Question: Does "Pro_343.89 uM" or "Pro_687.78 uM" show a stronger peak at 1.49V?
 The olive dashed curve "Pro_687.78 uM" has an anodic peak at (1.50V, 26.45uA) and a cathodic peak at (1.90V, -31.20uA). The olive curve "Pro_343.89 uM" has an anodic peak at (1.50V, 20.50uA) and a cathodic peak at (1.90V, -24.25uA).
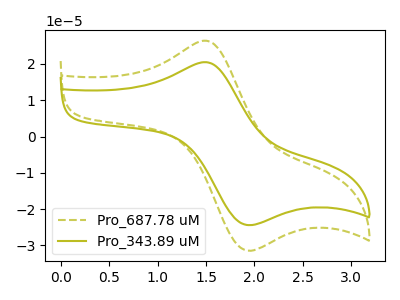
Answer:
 <answer>The peak at 1.49V is lower in "Pro_343.89 uM" than in "Pro_687.78 uM".</answer>
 <eval>lower</eval>